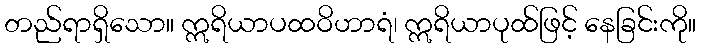
တည်ရာရှိသော။ ဣရိယာပထဝိဟာရံ၊ ဣရိယာပုထ်ဖြင့် နေခြင်းကို။